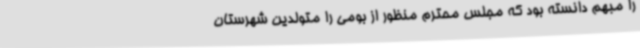
را مبهم دانسته بود که مجلس محترم منظور از بومی را متولدین شهرستان